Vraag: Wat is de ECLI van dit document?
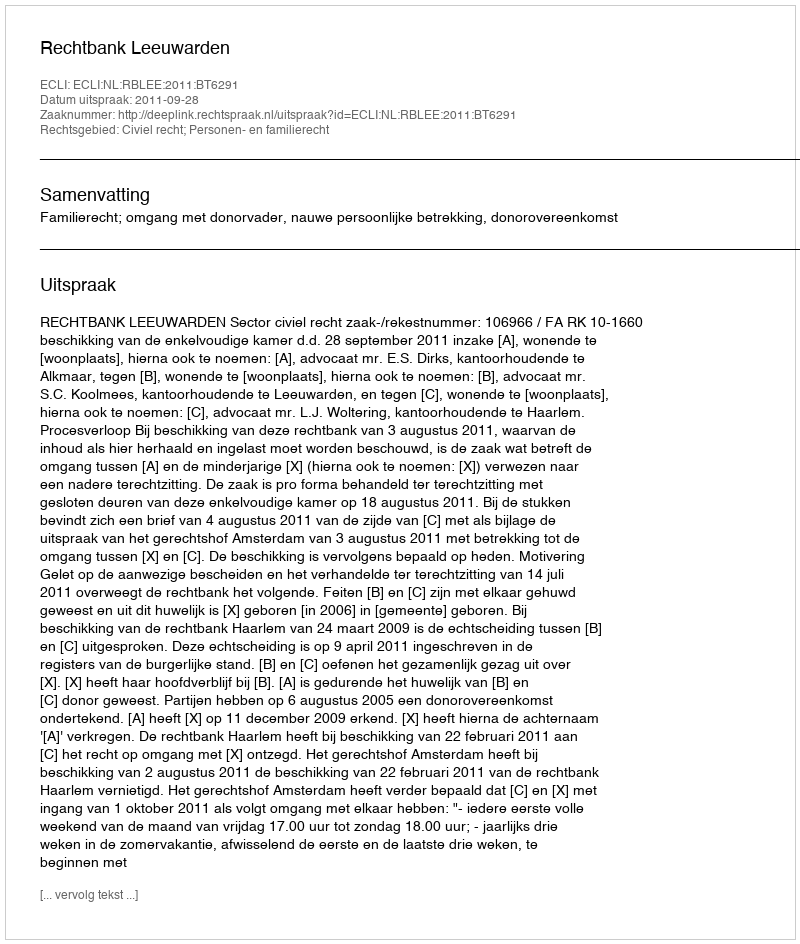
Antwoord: ECLI:NL:RBLEE:2011:BT6291